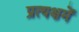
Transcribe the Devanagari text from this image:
प्रत्यक्षमें